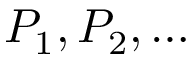
P _ { 1 } , P _ { 2 } , \ldots